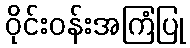
ဝိုင်းဝန်းအကြံပြု